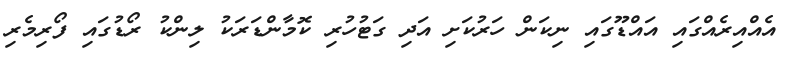
އެއްއިރެއްގައި އައްޑޫގައި ނިކަން ހަރުކަށި އަދި ގަޓުހުރި ކޮމާންޑަރަކު ލިންކު ރޯޑުގައި ފޯރިމެރި